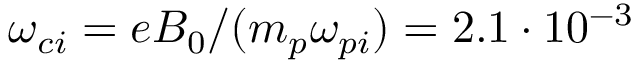
\omega _ { c i } = e B _ { 0 } / ( m _ { p } \omega _ { p i } ) = 2 . 1 \cdot 1 0 ^ { - 3 }